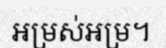
អម្រស់អម្រ។